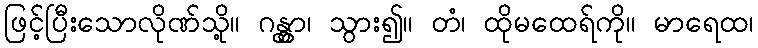
ဖြင့်ပြီးသောလိုဏ်သို့။ ဂန္တွာ၊ သွား၍။ တံ၊ ထိုမထေရ်ကို။ မာရေထ၊